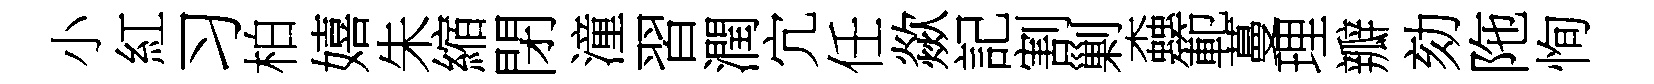
小紅习柏嬉朱縮閉潼習潤宂任歘記割剿螙範蔓理瓣劾陁恂